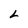
Character: L